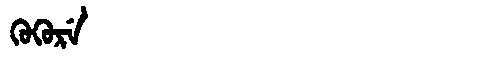
Manchu: ᡴᡠᡴᡠᡵᡝ
Romanization: KUKURE